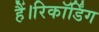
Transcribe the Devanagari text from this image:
हैं।रिकॉर्डिंग